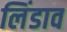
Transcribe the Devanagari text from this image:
लिंडाव